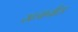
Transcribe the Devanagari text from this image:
खजानीस